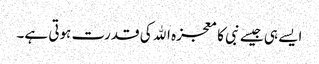
ایسے ہی جیسے نبی کا معجزہ اﷲ کی قدرت ہوتی ہے۔